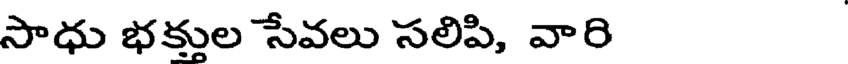
సాధు భక్తుల సేవలు సలిపి, వారి